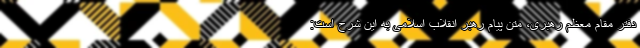
دفتر مقام معظم رهبری، متن پیام رهبر انقلاب اسلامی به این شرح است: